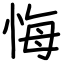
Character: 悔